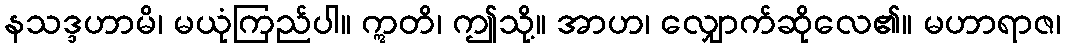
နသဒ္ဒဟာမိ၊ မယုံကြည်ပါ။ ဣတိ၊ ဤသို့။ အာဟ၊ လျှောက်ဆိုလေ၏။ မဟာရာဇ၊